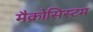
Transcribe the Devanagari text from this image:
मैक्रोसिस्टम